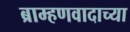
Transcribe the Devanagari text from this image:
ब्राम्हणवादाच्या